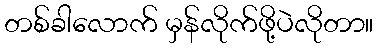
တစ်ခါလောက် မှန်လိုက်ဖို့ပဲလိုတာ။